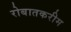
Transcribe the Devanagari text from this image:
रोबातकरीम